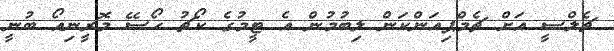
ޗެލްސީ އަށް ޗެމްޕިއަންކަން ލިބުމުން އެ ޓީމުގެ ކޯޗު ހޯސޭ މޮރީނިއޯ ބުނީ